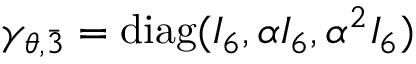
\gamma _ { \theta , \bar { 3 } } = \mathrm { d i a g } ( I _ { 6 } , \alpha I _ { 6 } , \alpha ^ { 2 } I _ { 6 } )